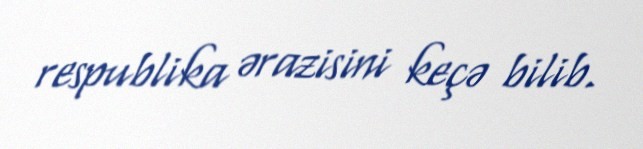
respublika ərazisini keçə bilib.